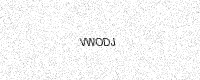
Text: VWODJ